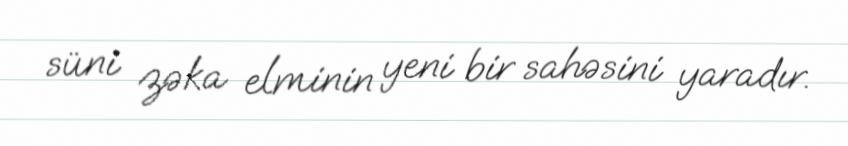
süni zəka elminin yeni bir sahəsini yaradır.